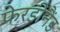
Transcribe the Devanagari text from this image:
फेरडीनैंड